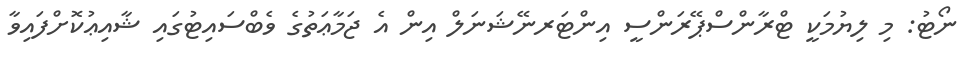
ނޯޓު: މި ލިޔުމަކީ ޓްރާންސްޕޭރަންސީ އިންޓަރނޭޝަނަލް އިން އެ ޖަމާޢަތުގެ ވެބްސައިޓުގައި ޝާއިޢުކޮށްފައިވާ